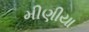
મીણીયા